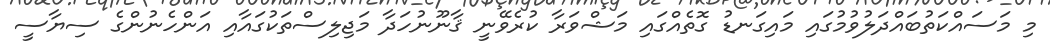
މި މަސައްކަތުބައްދަލުވުމުގައި މައިގަނޑު ގޮތެއްގައި މަޝްވަރާ ކުރެވޭނީ ޤާނޫނުހަދާ މަޖިލިސްތަކުގައާއި އަންހެނުންގެ ސިޔާސީ